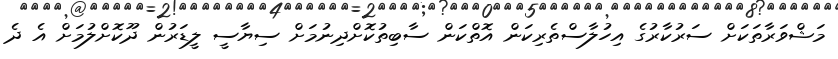
މަޝްވަރާތަކަށް ސަރުކާރުގެ އިހުލާސްތެރިކަން އޮތްކަން ސާބިތުކޮށްދިނުމަށް ސިޔާސީ ލީޑަރުން ދޫކޮށްލުމަށް އެ ދެ